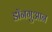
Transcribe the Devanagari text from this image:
डॉनगुआन